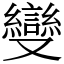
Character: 𠮓